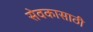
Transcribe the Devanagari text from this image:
सेवकासाठी